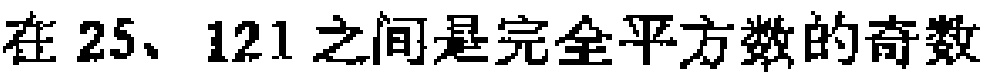
在 25、121 之间是完全平方数的奇数